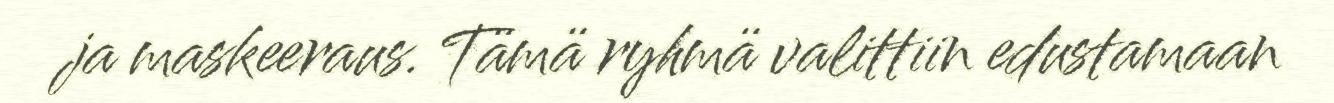
ja maskeeraus. Tämä ryhmä valittiin edustamaan